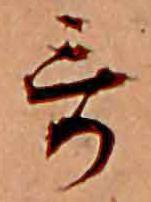
哥